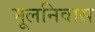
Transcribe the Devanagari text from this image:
मूलनिवास